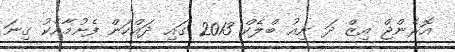
އޮރެންޖް އިޒް ދަ ނިއު ބްލެކް 2013 ގައި ދައްކަން ފެށުމާއެކު ގިނަ